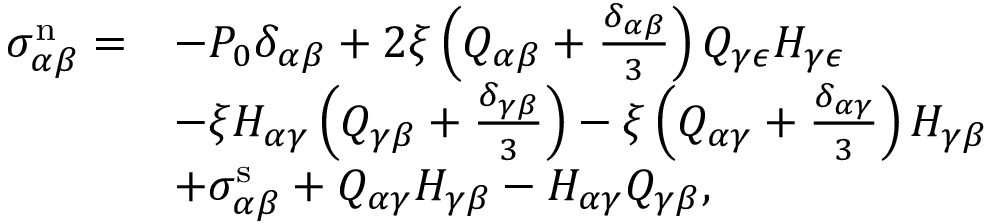
\begin{array} { r l } { \sigma _ { \alpha \beta } ^ { \mathrm { n } } = } & { - P _ { 0 } \delta _ { \alpha \beta } + 2 \xi \left( Q _ { \alpha \beta } + \frac { \delta _ { \alpha \beta } } { 3 } \right) Q _ { \gamma \epsilon } H _ { \gamma \epsilon } } \\ & { - \xi H _ { \alpha \gamma } \left( Q _ { \gamma \beta } + \frac { \delta _ { \gamma \beta } } { 3 } \right) - \xi \left( Q _ { \alpha \gamma } + \frac { \delta _ { \alpha \gamma } } { 3 } \right) H _ { \gamma \beta } } \\ & { + \sigma _ { \alpha \beta } ^ { \mathrm { s } } + Q _ { \alpha \gamma } H _ { \gamma \beta } - H _ { \alpha \gamma } Q _ { \gamma \beta } , } \end{array}